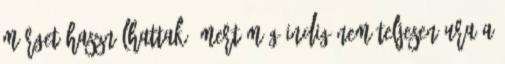
mérget használhattak, mert még indig nem teljesen ura a